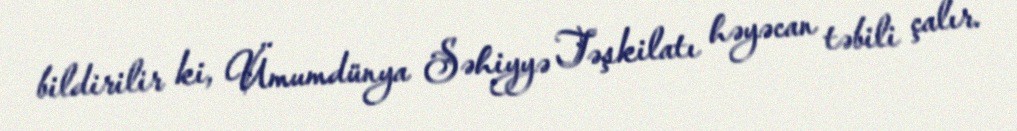
bildirilir ki, Ümumdünya Səhiyyə Təşkilatı həyəcan təbili çalır.